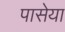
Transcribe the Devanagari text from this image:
पासेया